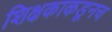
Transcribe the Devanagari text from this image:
शिक्षकाकडूनच